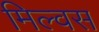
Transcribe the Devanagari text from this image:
मिल्वस